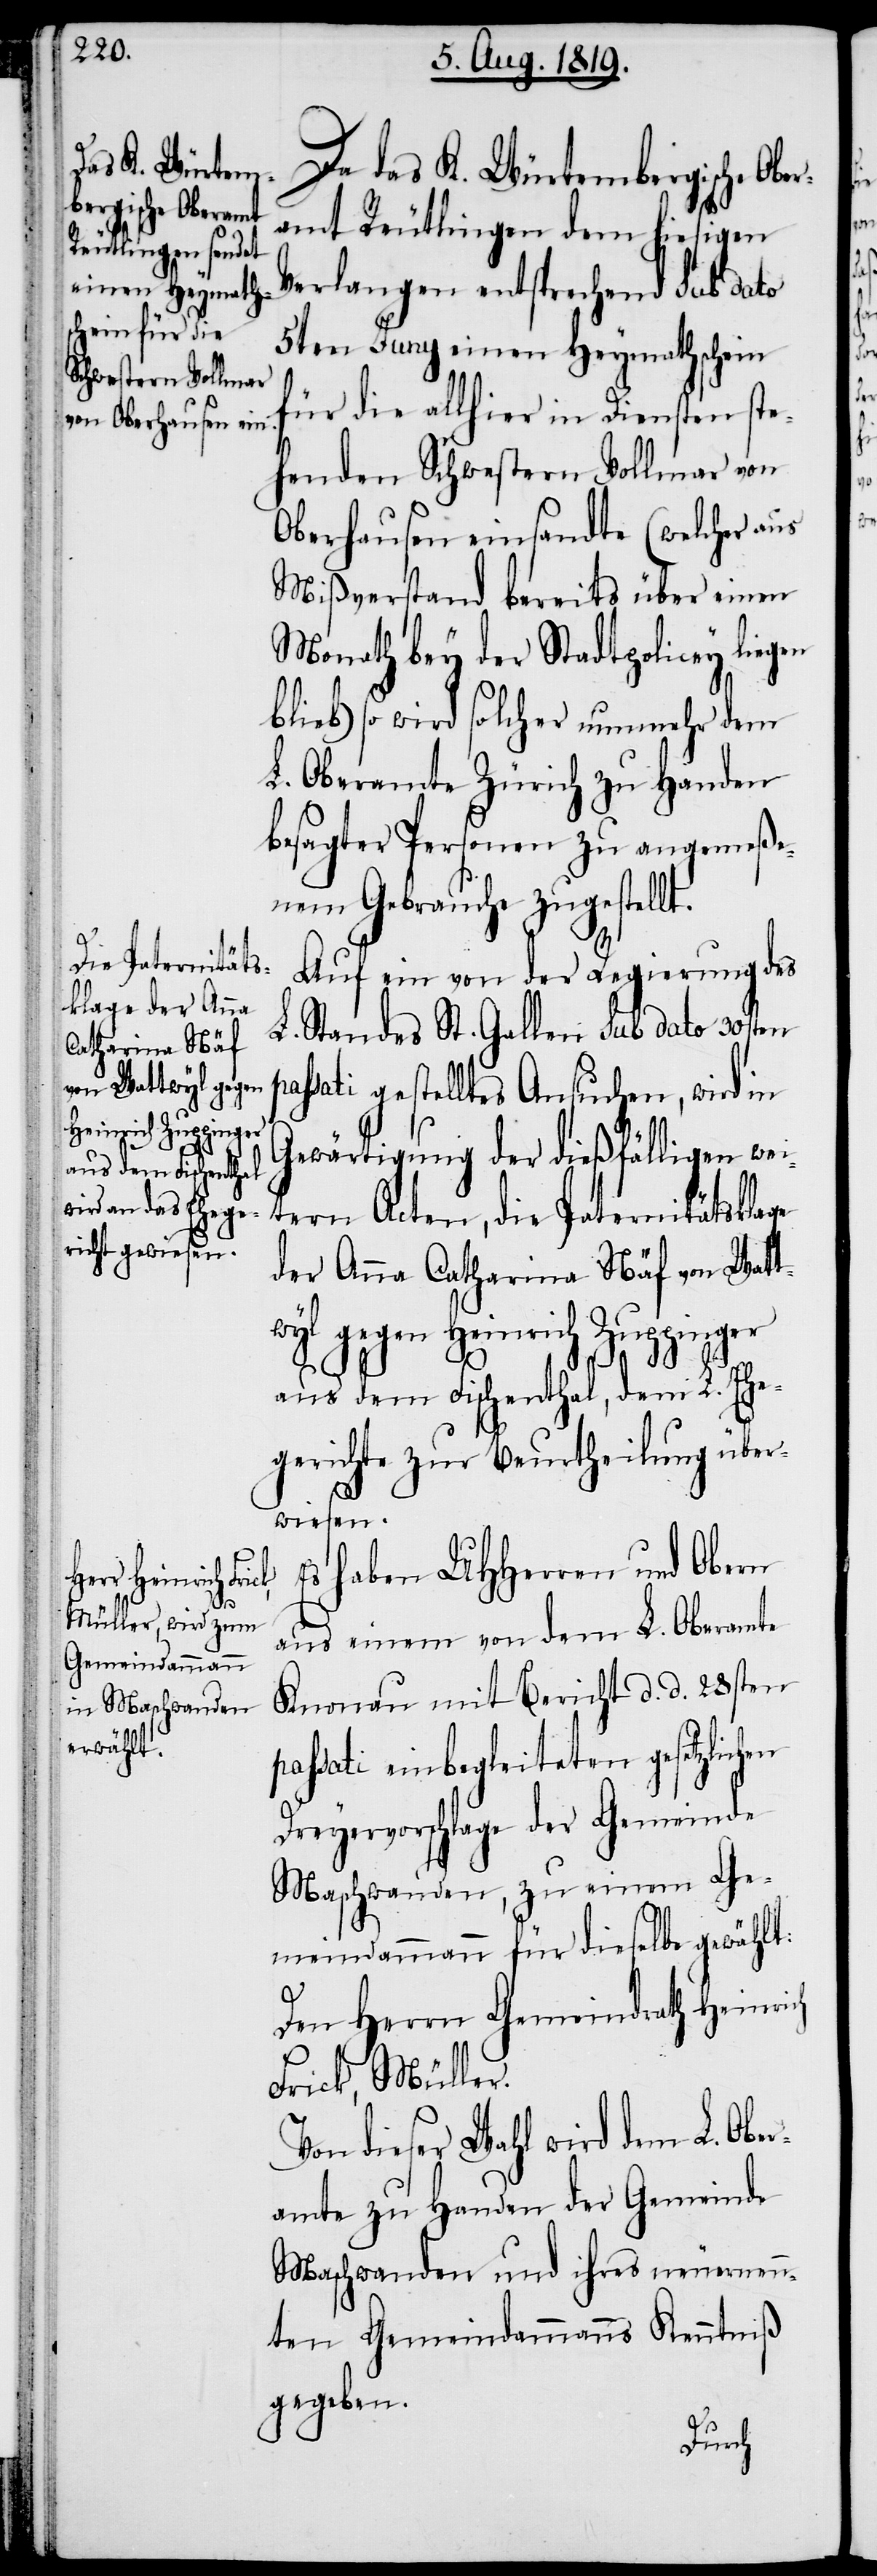
das K. Würtem¬
bergische Ober¬
p¬

amt Reutlingen dem hiesigen
Verlangen entsprechend sub dato
5ten Juny einen Heymathschein
für die allhier in Diensten ste¬
henden Schwestern Vollmar von
Oberhausen einsandte (welcher aus
Mißverstand bereits über einen
Monath bey der Stadtpolicey liegen
blieb) so wird solcher nunmehr dem
L. Oberamte Zürich zu Handen
besagter Personen zu angemeße¬
nem Gebrauche zugestellt.
Auf ein von der Regierung des
L. Standes. St. Gallen sub dato 30sten
assati gestelltes Ansuchen, wird in
Gewärtigung der dießfälligen wei¬
tern Acten, die Paternitätsklage
der Anna Catharina Näf von Watt¬
wyl gegen Heinrich Zuppinger
aus dem Fischenthal, dem L. Ehe¬
ch
gerichte zur Beurtheilung über¬
wiesen.
Es haben UHHerren und Obern
aus einem von dem L. Oberamte
Knonau mit Bericht d. d. 28sten
passati einbegleiteten gesetzlichen
Dreyervorschlage der Gemeinde
Maschwanden, zu einem Ge¬
meindammann für dieselbe gewählt:
Den Herrn Gemeindrath Heinri¬
Frick, Müller.
Von dieser Wahl wird dem L. Obe¬
ramte zu Handen der Gemeinde
Maschwanden und ihres neuernen¬
nten Gemeindammanns Kenntniß
gegeben.